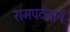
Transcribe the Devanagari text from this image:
रामपदेनायं